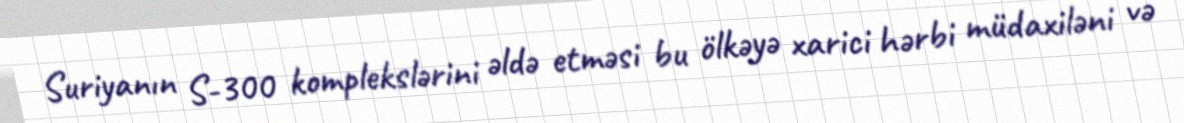
Suriyanın S-300 komplekslərini əldə etməsi bu ölkəyə xarici hərbi müdaxiləni və